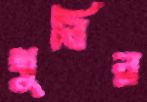
খুবির